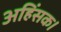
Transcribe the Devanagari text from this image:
अहिंसक।